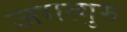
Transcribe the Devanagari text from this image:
जगत्गुरु